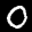
Label: 0